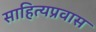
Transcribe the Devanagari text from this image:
साहित्यप्रवास